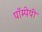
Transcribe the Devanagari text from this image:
पॉम्पेयी